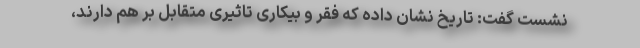
نشست گفت: تاریخ نشان داده که فقر و بیکاری تاثیری متقابل بر هم دارند،